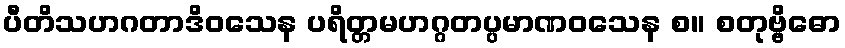
ပီတိသဟဂတာဒိဝသေန ပရိတ္တမဟဂ္ဂတပ္ပမာဏဝသေန စ။ စတုဗ္ဗိဓော